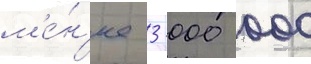
м'е́н'ее 3 000 000